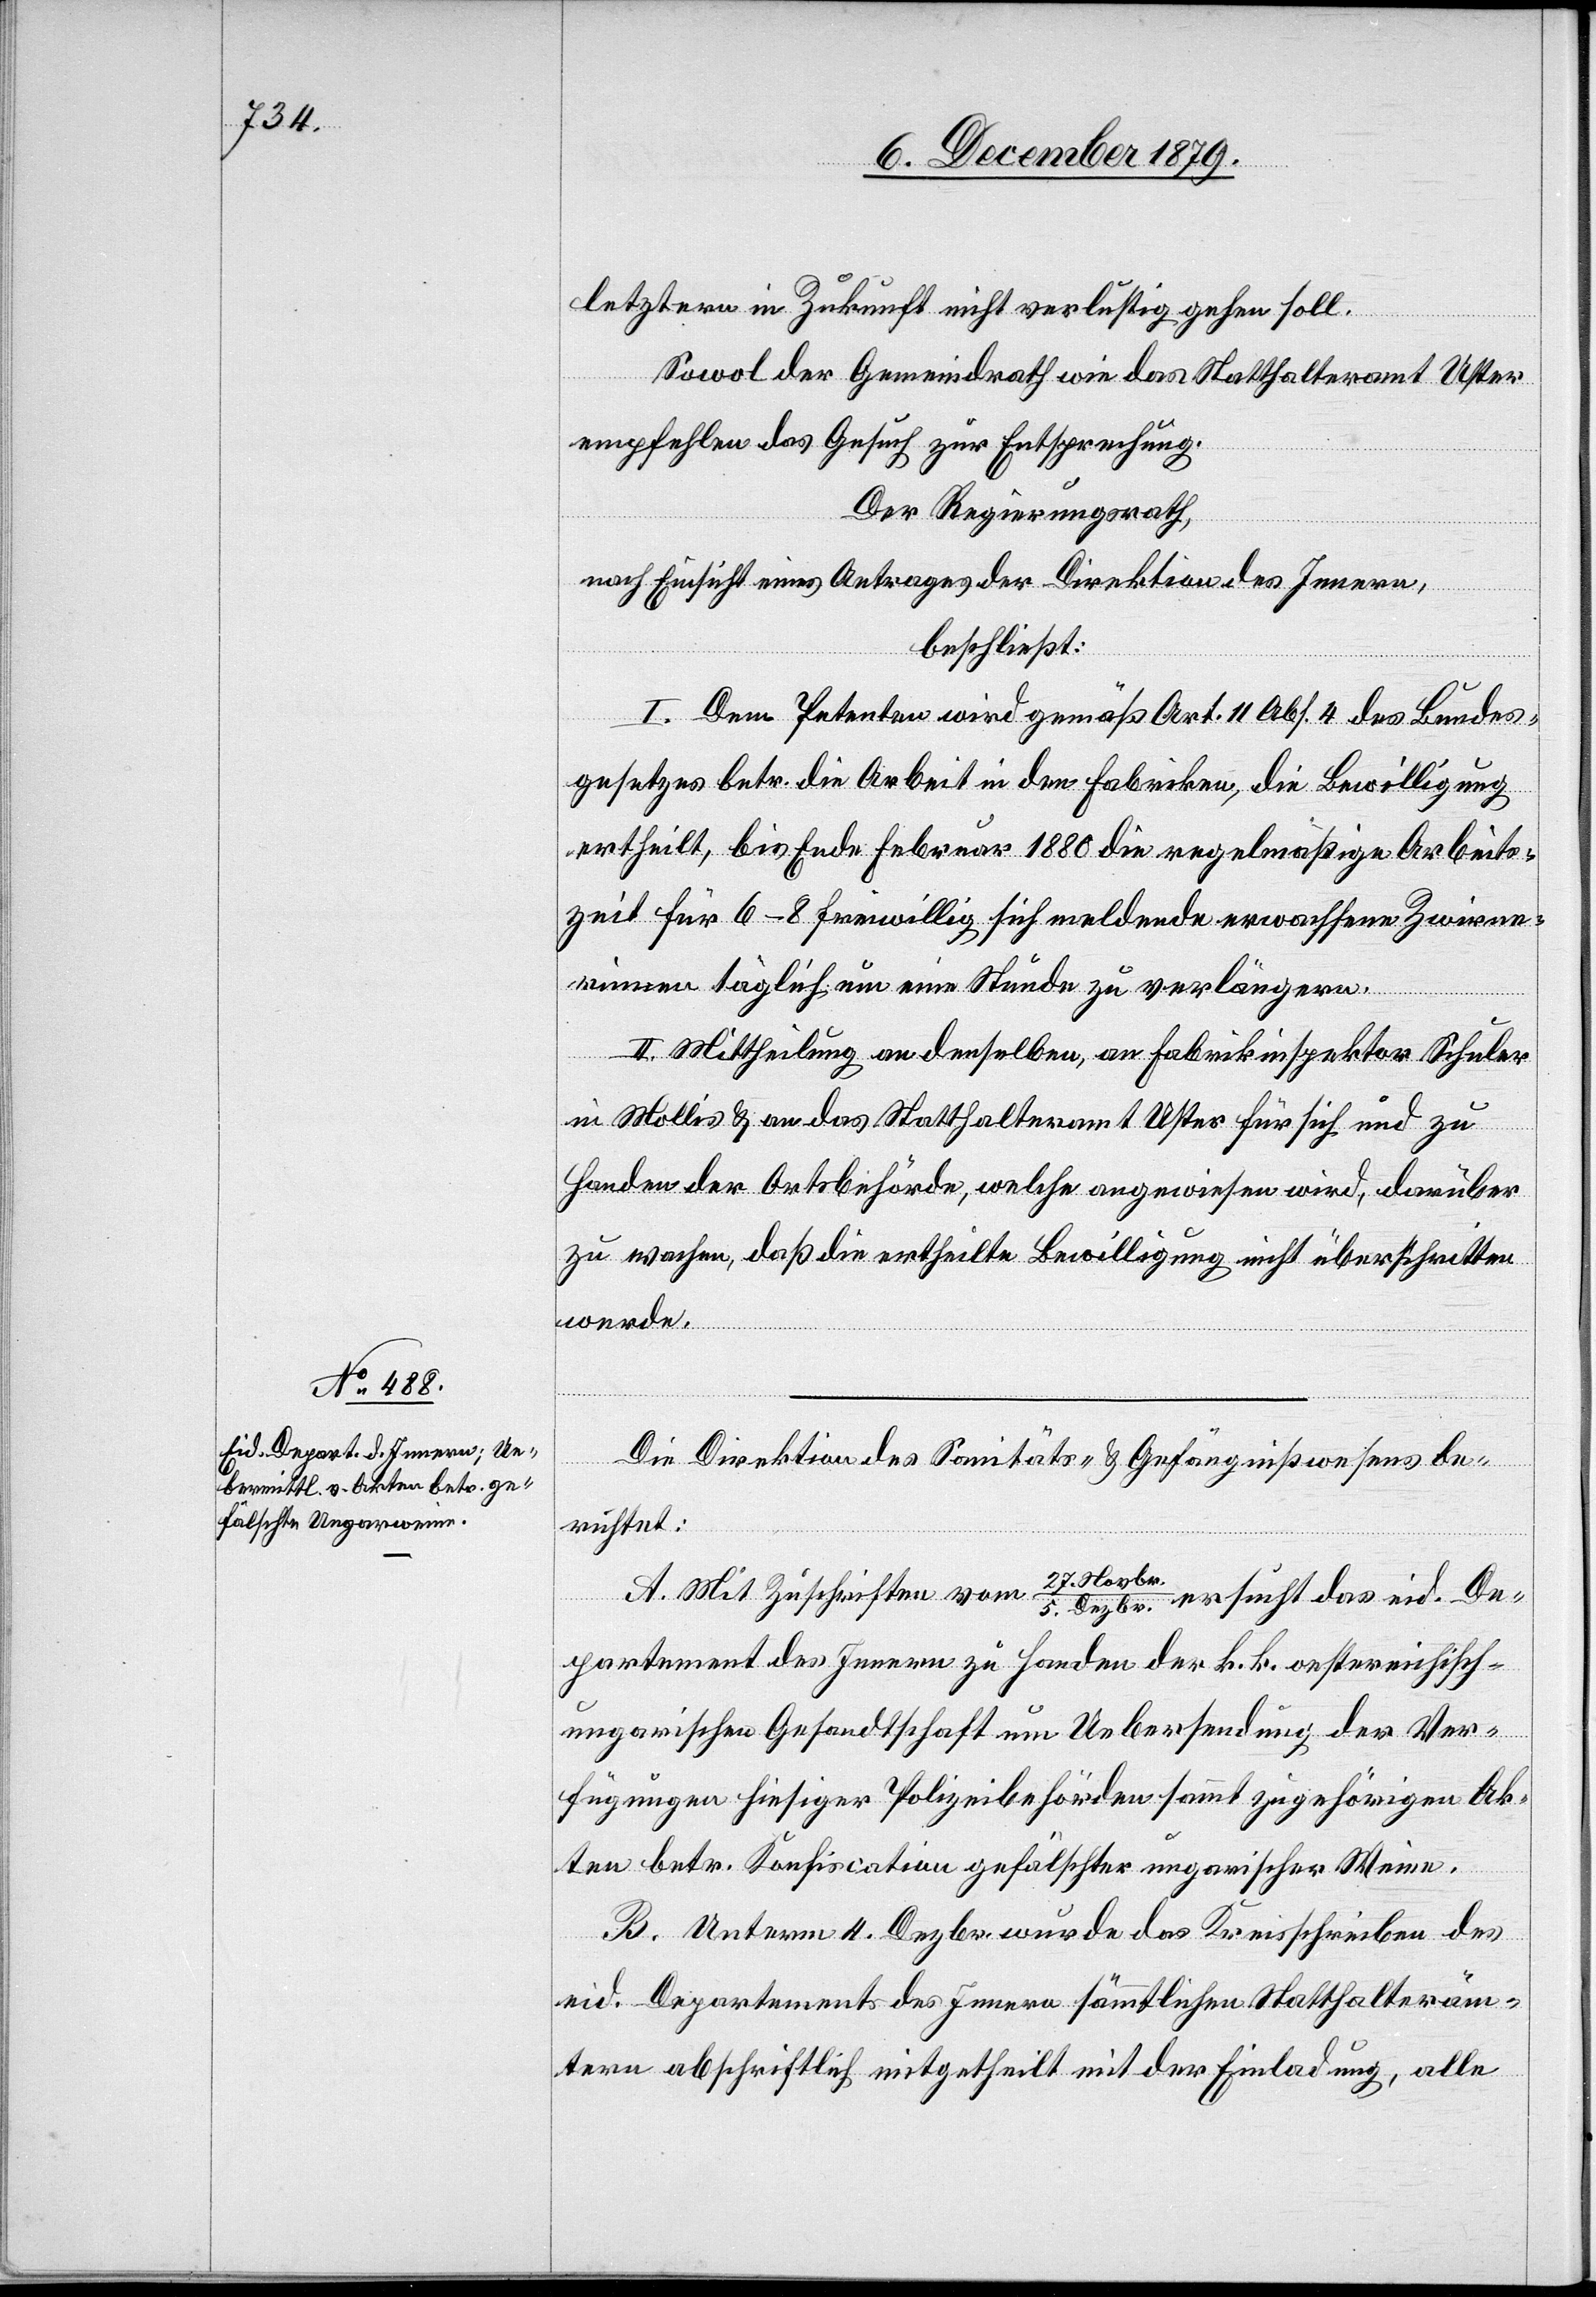
9. December 1879.]
letztern in Zukunft nicht verlustig gehen soll.
Sowol der Gemeindrath wie das Statthalteramt Uster
empfehlen das Gesuch zur Entsprechung.
Der Regierungsrath,
nach Einsicht eines Antrages der Direktion des Innern,
gungen
beschließt:
I. dem Petenten wird gemäß Art. 11 Abs. 4 des Bundes¬
gesetzes betr. die Arbeit in den Fabriken, die Bewilligung
ertheilt, bis Ende Februar 1880 die regelmäßige Arbeits¬
zeit täglich eine Stunde zu verlängern.
II. Mittheilung an denselben, an Fabrikinspektor Schuler
in Mollis & an das Statthalteramt Uster für sich und zu
Handen der Ortsbehörde, welche angewiesen wird, darüber
zu wachen, daß die ertheilte Bewilligung nicht überschritten
werde.
Die Direktion des Sanitäts- & Gefängnißwesens be¬
richtet:
A. Mit Zuschriften vom 27. Septb¬
r./5. Dezbr. ersucht das eid. De¬
partement des Innern zu Handen der k. k. osterreichisch-u¬
ngarischen Gesandtschaft um Uebersendung der Ver¬
fügungen hiesiger Polizeibehörden sammt zugehörigen Ak¬
ten betr. Konfiscation gefälschter ungarischer Weine.
B. Unterm 4. Dezbr. wurde das Kreisschreiben des
eid. Departement des Innern sämmtlichen Statthalteräm¬
tern abschriftlich mitgetheilt mit der Einladung, alle